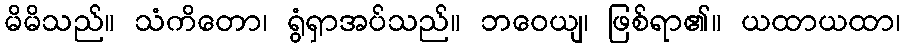
မိမိသည်။ သံကိတော၊ ရွံရှာအပ်သည်။ ဘဝေယျ၊ ဖြစ်ရာ၏။ ယထာယထာ၊